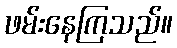
ဖမ်းနေကြသည်။